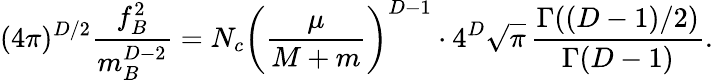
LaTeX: (4\pi)^{D/2}\frac{f_{B}^{2}}{m_{B}^{D-2}}=N_{c}\left(\frac{\mu}{M+m}\right)^{D-1}\cdot 4^{D}\sqrt{\pi}\, \frac{\Gamma((D-1)/2)}{\Gamma(D-1)}.